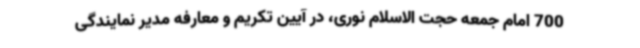
700 امام جمعه حجت الاسلام نوری، در آیین تکریم و معارفه مدیر نمایندگی